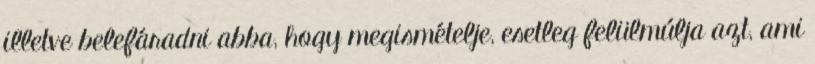
illetve belefáradni abba, hogy megismételje, esetleg felülmúlja azt, ami